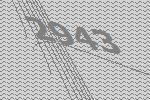
2943